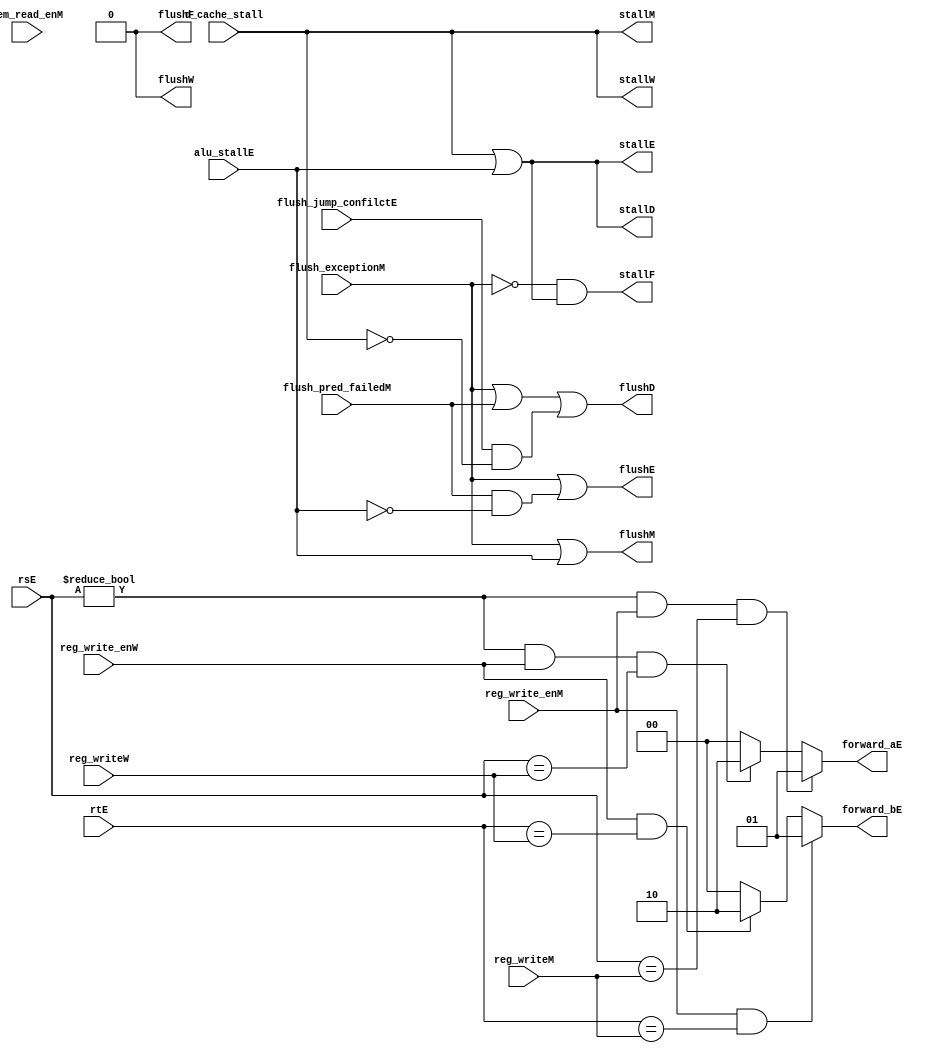
module hazard (
    input wire d_cache_stall,
    input wire alu_stallE,

    input wire flush_jump_confilctE, flush_pred_failedM, flush_exceptionM,

    input wire [4:0] rsE,
    input wire [4:0] rtE,  //
    input wire reg_write_enM,
    input wire reg_write_enW,  //
    input wire [4:0] reg_writeM,
    input wire [4:0] reg_writeW,  //

    input wire mem_read_enM,   //mem
    
    output wire stallF, stallD, stallE, stallM, stallW,
    output wire flushF, flushD, flushE, flushM, flushW,  //

    output wire [1:0] forward_aE, forward_bE //00-> NONE, 01-> MEM, 10-> WB (LW instr)
);
    // 
    assign forward_aE = rsE != 0 && reg_write_enM && (rsE == reg_writeM) ? 2'b01 :
                        rsE != 0 && reg_write_enW && (rsE == reg_writeW) ? 2'b10 :
                        2'b00;
    assign forward_bE = reg_write_enM && (rtE == reg_writeM) ? 2'b01 :
                        reg_write_enW && (rtE == reg_writeW) ? 2'b10 :
                        2'b00;
    
    assign stallF = ~flush_exceptionM & (d_cache_stall | alu_stallE);//
    assign stallD = d_cache_stall | alu_stallE;
    assign stallE = d_cache_stall | alu_stallE;
    assign stallM = d_cache_stall;
    assign stallW = d_cache_stall;              // ,jr;

    assign flushF = 1'b0;
    assign flushD = flush_exceptionM | flush_pred_failedM | (flush_jump_confilctE & ~d_cache_stall); //       //EX: jr(), MEM: lwflush_jump_confilctEDjr
    assign flushE = flush_exceptionM | (flush_pred_failedM & ~alu_stallE);//  //EX: div, MEM: beq, beqflush DEdivEflushD
    assign flushM = flush_exceptionM | alu_stallE;// 
    assign flushW = 1'b0;
endmodule